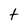
Character: t